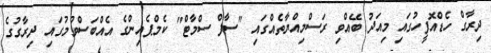
ދިރާގް ހެޑްއޮފީހުގައި މިއަދު ބޭއްވި ރަސްމިއްޔާތެއްގައި "ސާފް ސްމާޓް" ކެމްޕެއިންގެ އެއްބަސްވުމުގައި ދިރާގުގެ